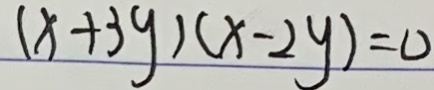
( x + 3 y ) ( x - 2 y ) = 0